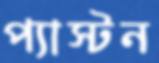
প্যাস্টন